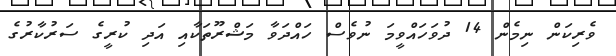
ވެރިކަން ނިމެން 14 ދުވަހައްވީމަ ނުވެސް ހައްދަވާ މަޝްރޫތަކާއި އަދި ކުރީގެ ސަރުކާރުގެ